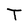
Character: T